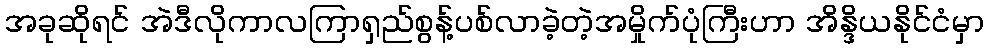
အခုဆိုရင် အဲဒီလိုကာလကြာရှည်စွန့်ပစ်လာခဲ့တဲ့အမှိုက်ပုံကြီးဟာ အိန္ဒိယနိုင်ငံမှာ